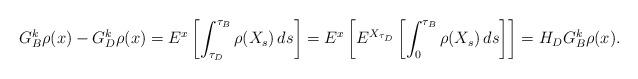
LaTeX: \begin{align*}G^k_B\rho(x)-G^k_D\rho(x)=E^x\left[\int_{\tau_D}^{\tau_B}\rho(X_s)\,ds\right]=E^x\left[E^{X_{\tau_D}}\left[\int_0^{\tau_B}\rho(X_s)\,ds\right]\right]=H_DG^k_B\rho(x).\end{align*}